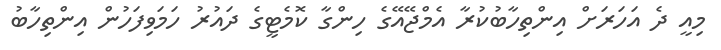
މިއީ ދެ އަހަރަށް އިންތިހާބުކުރާ އެމްޖޭއޭގެ ހިންގާ ކޮމެޓީގެ ދައުރު ހަމަވިފަހުން އިންތިހާބު